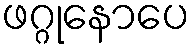
ဖဂ္ဂုနောပေ